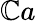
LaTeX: \mathbb{C}a